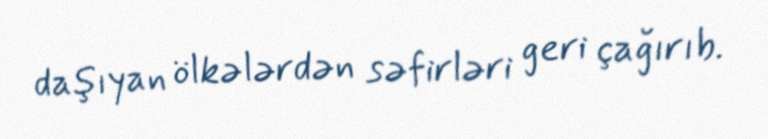
daşıyan ölkələrdən səfirləri geri çağırıb.